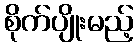
စိုက်ပျိုးမည့်